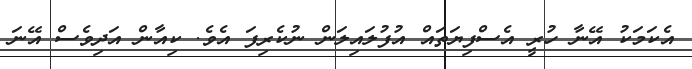
އެކަމަކު އޭނާ ހުރީ އެސްފިޔަތައް އުފުލައިލަން ނުކެރިފަ އެވެ. ކިއާން އަދިވެސް އޭނަ